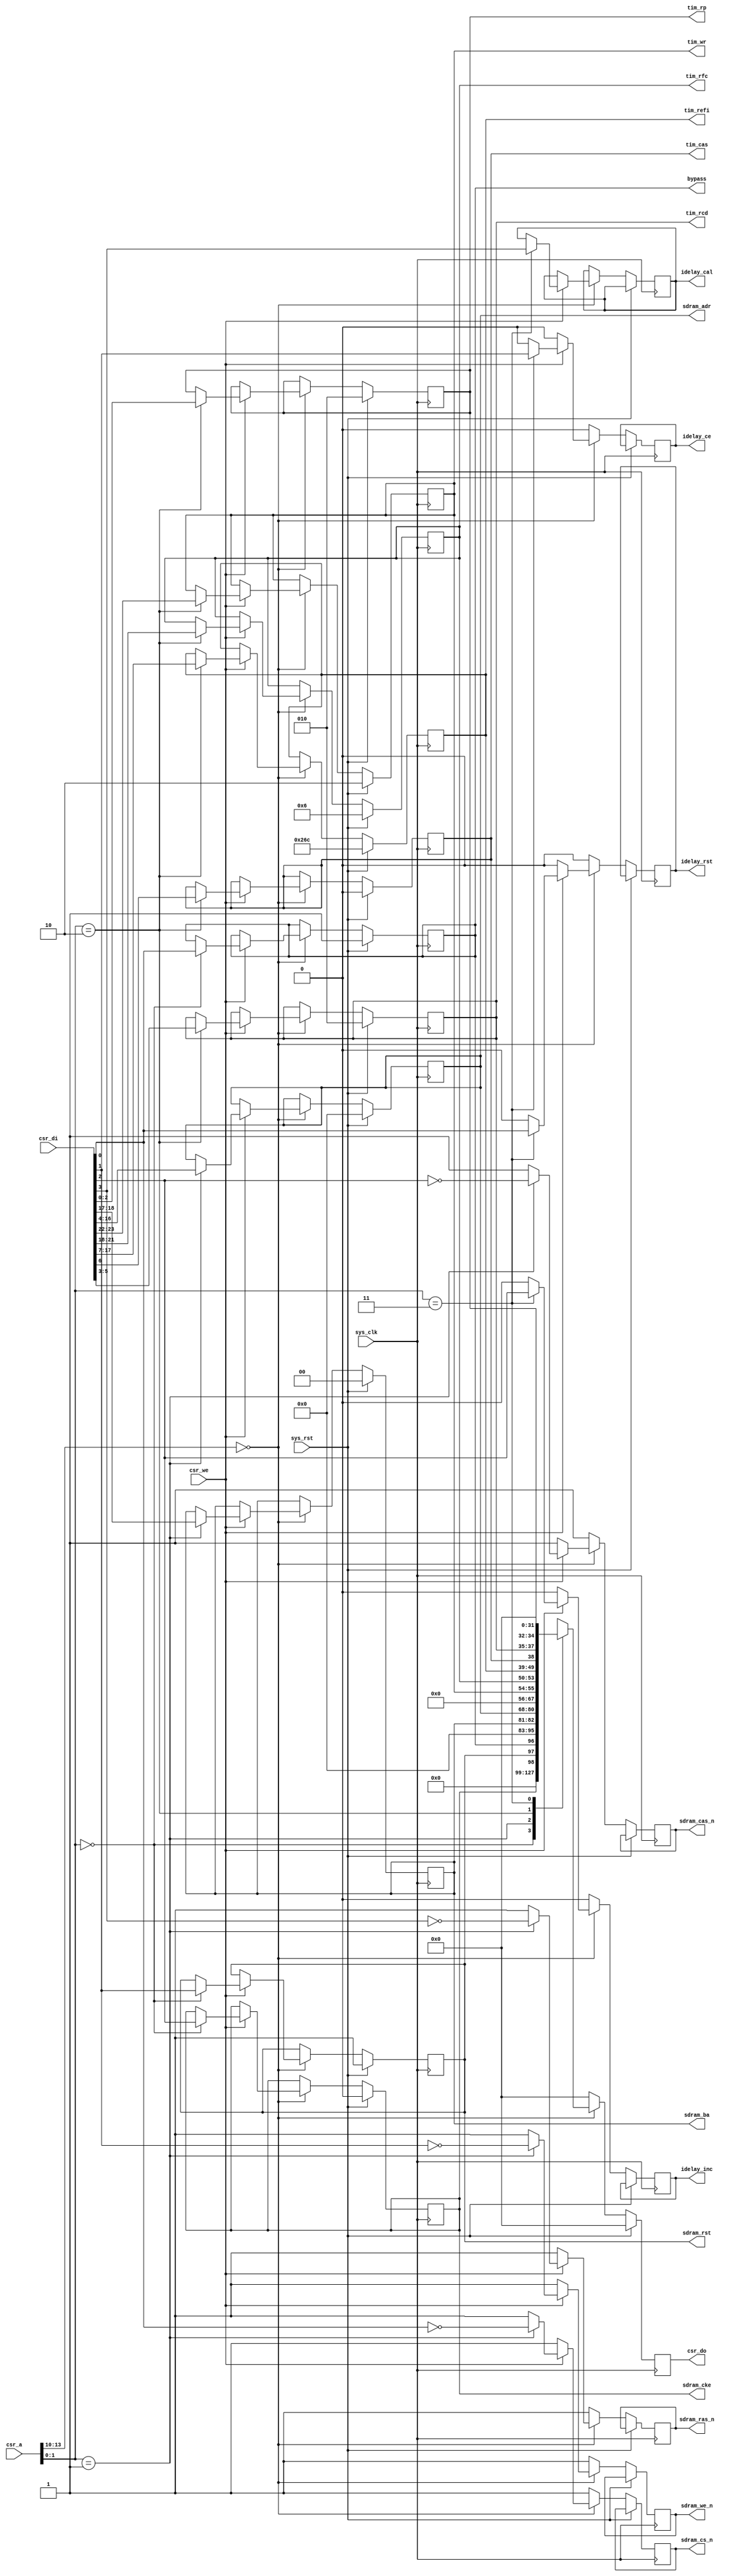
module hpdmc_ctlif_3 #(
	parameter csr_addr = 4'h0
) (
	input sys_clk,
	input sys_rst,
	input [13:0] csr_a,
	input csr_we,
	input [31:0] csr_di,
	output reg [31:0] csr_do,
	output reg bypass,
	output reg sdram_rst,
	output reg sdram_cke,
	output reg sdram_cs_n,
	output reg sdram_we_n,
	output reg sdram_cas_n,
	output reg sdram_ras_n,
	output reg [12:0] sdram_adr,
	output reg [1:0] sdram_ba,
	output reg [2:0] tim_rp,
	output reg [2:0] tim_rcd,
	output reg tim_cas,
	output reg [10:0] tim_refi,
	output reg [3:0] tim_rfc,
	output reg [1:0] tim_wr,
	output reg idelay_rst,
	output reg idelay_ce,
	output reg idelay_inc,
	output reg idelay_cal
);
wire csr_selected = csr_a[13:10] == csr_addr;
always @(posedge sys_clk) begin
	if(sys_rst) begin
		csr_do <= 32'd0;
		bypass <= 1'b1;
		sdram_rst <= 1'b1;
		sdram_cke <= 1'b0;
		sdram_adr <= 13'd0;
		sdram_ba <= 2'd0;
		tim_rp <= 3'd2;
		tim_rcd <= 3'd2;
		tim_cas <= 1'b0;
		tim_refi <= 11'd620;
		tim_rfc <= 4'd6;
		tim_wr <= 2'd2;
	end else begin
		sdram_cs_n <= 1'b1;
		sdram_we_n <= 1'b1;
		sdram_cas_n <= 1'b1;
		sdram_ras_n <= 1'b1;
		idelay_rst <= 1'b0;
		idelay_ce <= 1'b0;
		idelay_inc <= 1'b0;
		csr_do <= 32'd0;
		if(csr_selected) begin
			if(csr_we) begin
				case(csr_a[1:0])
					2'b00: begin
						bypass <= csr_di[0];
						sdram_rst <= csr_di[1];
						sdram_cke <= csr_di[2];
					end
					2'b01: begin
						sdram_cs_n <= ~csr_di[0];
						sdram_we_n <= ~csr_di[1];
						sdram_cas_n <= ~csr_di[2];
						sdram_ras_n <= ~csr_di[3];
						sdram_adr <= csr_di[16:4];
						sdram_ba <= csr_di[18:17];
					end
					2'b10: begin
						tim_rp <= csr_di[2:0];
						tim_rcd <= csr_di[5:3];
						tim_cas <= csr_di[6];
						tim_refi <= csr_di[17:7];
						tim_rfc <= csr_di[21:18];
						tim_wr <= csr_di[23:22];
					end
					2'b11: begin
						idelay_rst <= csr_di[0];
						idelay_ce <= csr_di[1];
						idelay_inc <= csr_di[2];
						idelay_cal <= csr_di[3];
					end
				endcase
			end
			case(csr_a[1:0])
				2'b00: csr_do <= {sdram_cke, sdram_rst, bypass};
				2'b01: csr_do <= {sdram_ba, sdram_adr, 4'h0};
				2'b10: csr_do <= {tim_wr, tim_rfc, tim_refi, tim_cas, tim_rcd, tim_rp};
				2'b11: csr_do <= 4'd0;
			endcase
		end
	end
end
endmodule